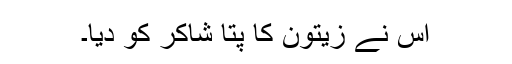
اس نے زیتون کا پتا شاکر کو دیا۔